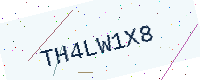
Text: TH4LW1X8